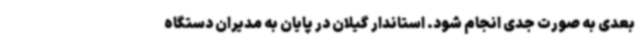
بعدی به صورت جدی انجام شود. استاندار گیلان در پایان به مدیران دستگاه